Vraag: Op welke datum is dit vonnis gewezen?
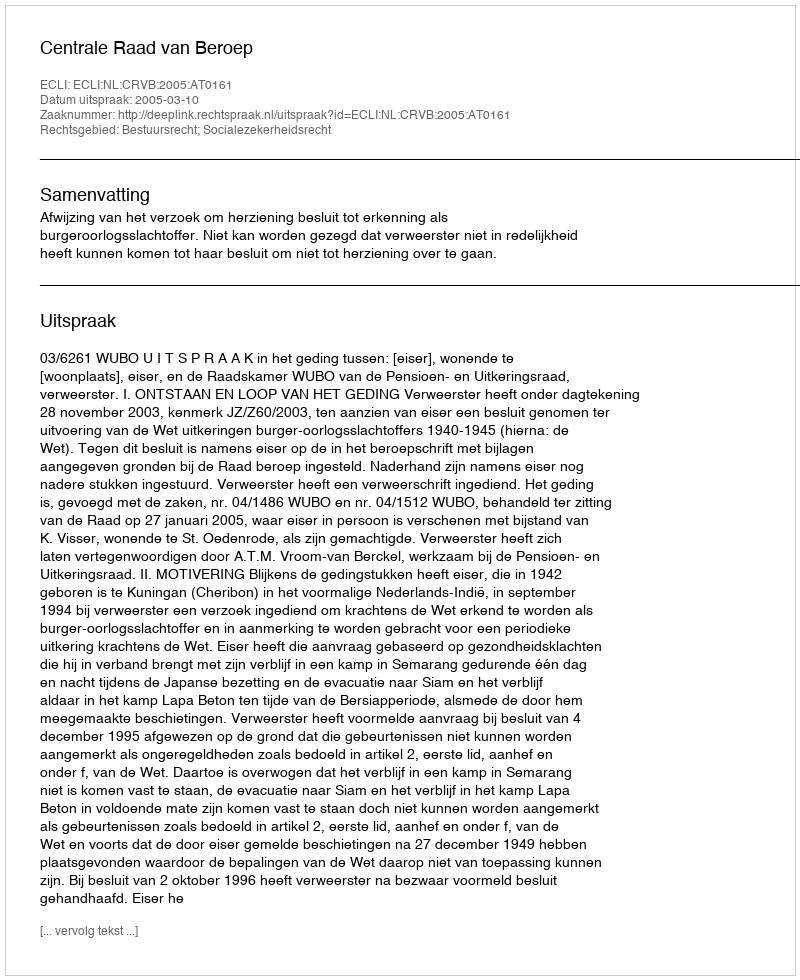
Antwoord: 2005-03-10